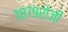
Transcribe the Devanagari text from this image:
१८७९रोजी